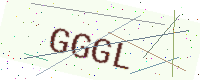
Text: GGGL